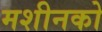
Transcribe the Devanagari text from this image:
मशीनको